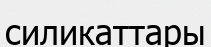
силикаттары